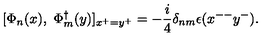
[ \Phi _ { n } ( x ) , \ \Phi _ { m } ^ { \dagger } ( y ) ] _ { x ^ { + } = y ^ { + } } = - \frac { i } { 4 } \delta _ { n m } \epsilon ( x ^ { -- } y ^ { - } ) .